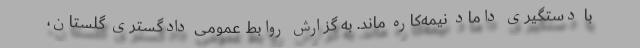
با دستگیری داماد نیمه‌کاره ماند. به گزارش روابط عمومی دادگستری گلستان،